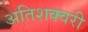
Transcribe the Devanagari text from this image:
अतिशक्वरी